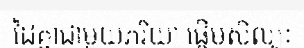
ដៃគ្នាជាមួយភរិយា ផ្តើមសិល្បៈ